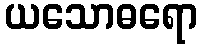
ယသောဓရော